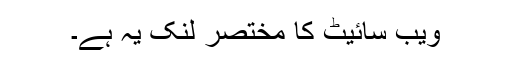
ویب سائیٹ کا مختصر لنک یہ ہے۔